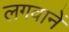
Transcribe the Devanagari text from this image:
लगवानें